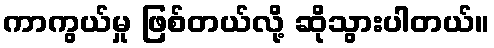
ကာကွယ်မှု ဖြစ်တယ်လို့ ဆိုသွားပါတယ်။